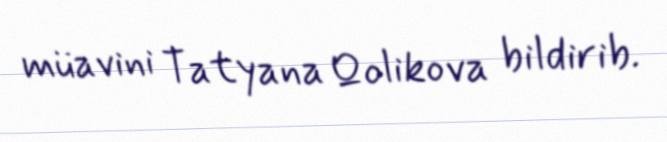
müavini Tatyana Qolikova bildirib.